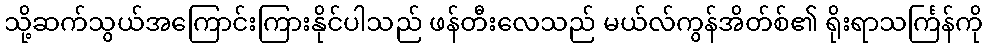
သို့ဆက်သွယ်အကြောင်းကြားနိုင်ပါသည် ဖန်တီးလေသည် မယ်လ်ကွန်အိတ်စ်၏ ရိုးရာသင်္ကြန်ကို